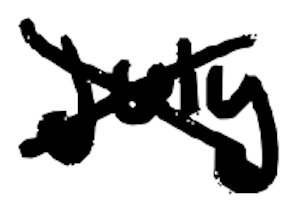
Text: July
Cross-out: cross
Writing tool: digital_black